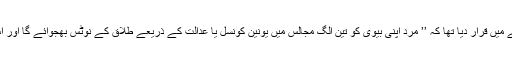
اسلامی نظریاتی کونسل پاکستان نے مذکورہ بالا فیصلے میں قرار دیا تھا کہ ’’ مرد اپنی بیوی کو تین الگ مجالس میں یونین کونسل یا عدالت کے ذریعے طلاق کے نوٹس بھجوائے گا اور اس کے بعد دونوں کے درمیان علیحد گی ہوسکے گی‘‘۔